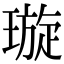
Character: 璇